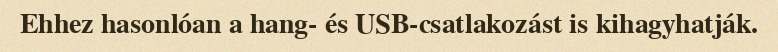
Ehhez hasonlóan a hang- és USB-csatlakozást is kihagyhatják.